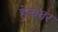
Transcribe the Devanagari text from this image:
हेत्वंतर